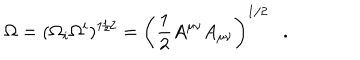
\Omega = ( \Omega _ { i } \Omega ^ { i } ) ^ { 1 / 2 } = \left( \frac 1 2 A ^ { \mu \nu } A _ { \mu \nu } \right) ^ { 1 / 2 } .